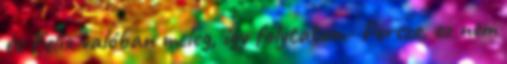
és Felix valóban meleg, így folytatom- Persze, ez nem